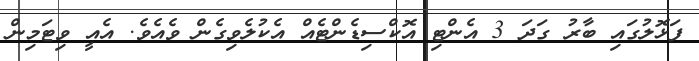
ފަޅޮލުގައި ބާރު ގަދަ 3 އެންޓި އޮކްސިޑެންޓެއް އެކުލެވިގެން ވެއެވެ. އެއީ ވިޓަމިން